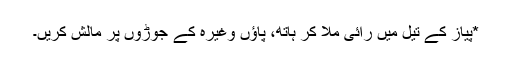
*پیاز کے تیل میں رائی ملا کر ہاتھ، پاؤں وغیرہ کے جوڑوں پر مالش کریں۔